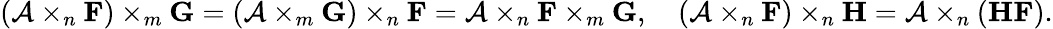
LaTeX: (\mathcal{A}\times_{n}\mathbf{F})\times_{m}\mathbf{G}=(\mathcal{A}\times_{m}\mathbf{G})\times_{n}\mathbf{F}=\mathcal{A}\times_{n}\mathbf{F}\times_{m}\mathbf{G},\quad(\mathcal{A}\times_{n}\mathbf{F})\times_{n}\mathbf{H}=\mathcal{A}\times_{n}(\mathbf{H}\mathbf{F}).